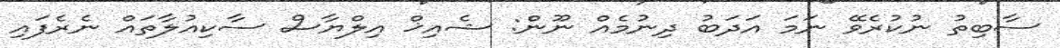
ސާބިތު ނުކުރެވޭ ނަމަ އަދަބު ދިނުމެއް ނޫން: ޝެއިޚް އިލްޔާސް ސާކިއުލާތައް ނެރެފައި